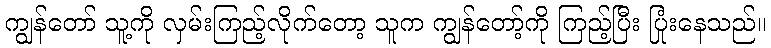
ကျွန်တော် သူ့ကို လှမ်းကြည့်လိုက်တော့ သူက ကျွန်တော့်ကို ကြည့်ပြီး ပြုံးနေသည်။